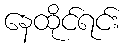
နေထိုင်ရင်း